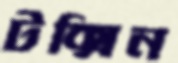
টক্সিন